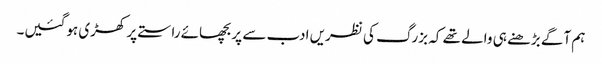
ہم آگے بڑھنے ہی والے تھے کہ بزرگ کی نظریں ادب سے پر بچھائے راستے پر کھڑی ہوگئیں۔